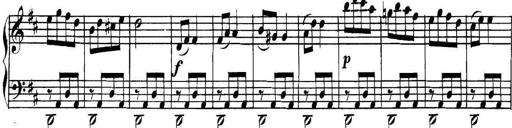
Title: Collected Piano Sonatas
Composer: Muzio Clementi